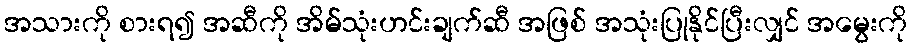
အသားကို စားရ၍ အဆီကို အိမ်သုံးဟင်းချက်ဆီ အဖြစ် အသုံးပြုနိုင်ပြီးလျှင် အမွေးကို